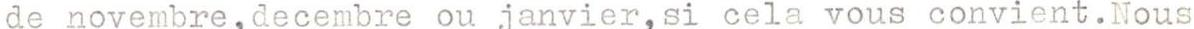
de novembre,decembre ou janvier,si cela vous convient.Nous